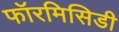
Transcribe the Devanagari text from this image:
फॉरमिसिडी